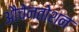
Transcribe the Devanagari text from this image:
औचेनतोशन